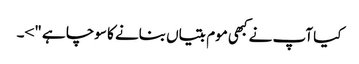
کیا آپ نے کبھی موم بتیاں بنانے کا سوچا ہے ">۔